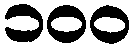
၁၀၀